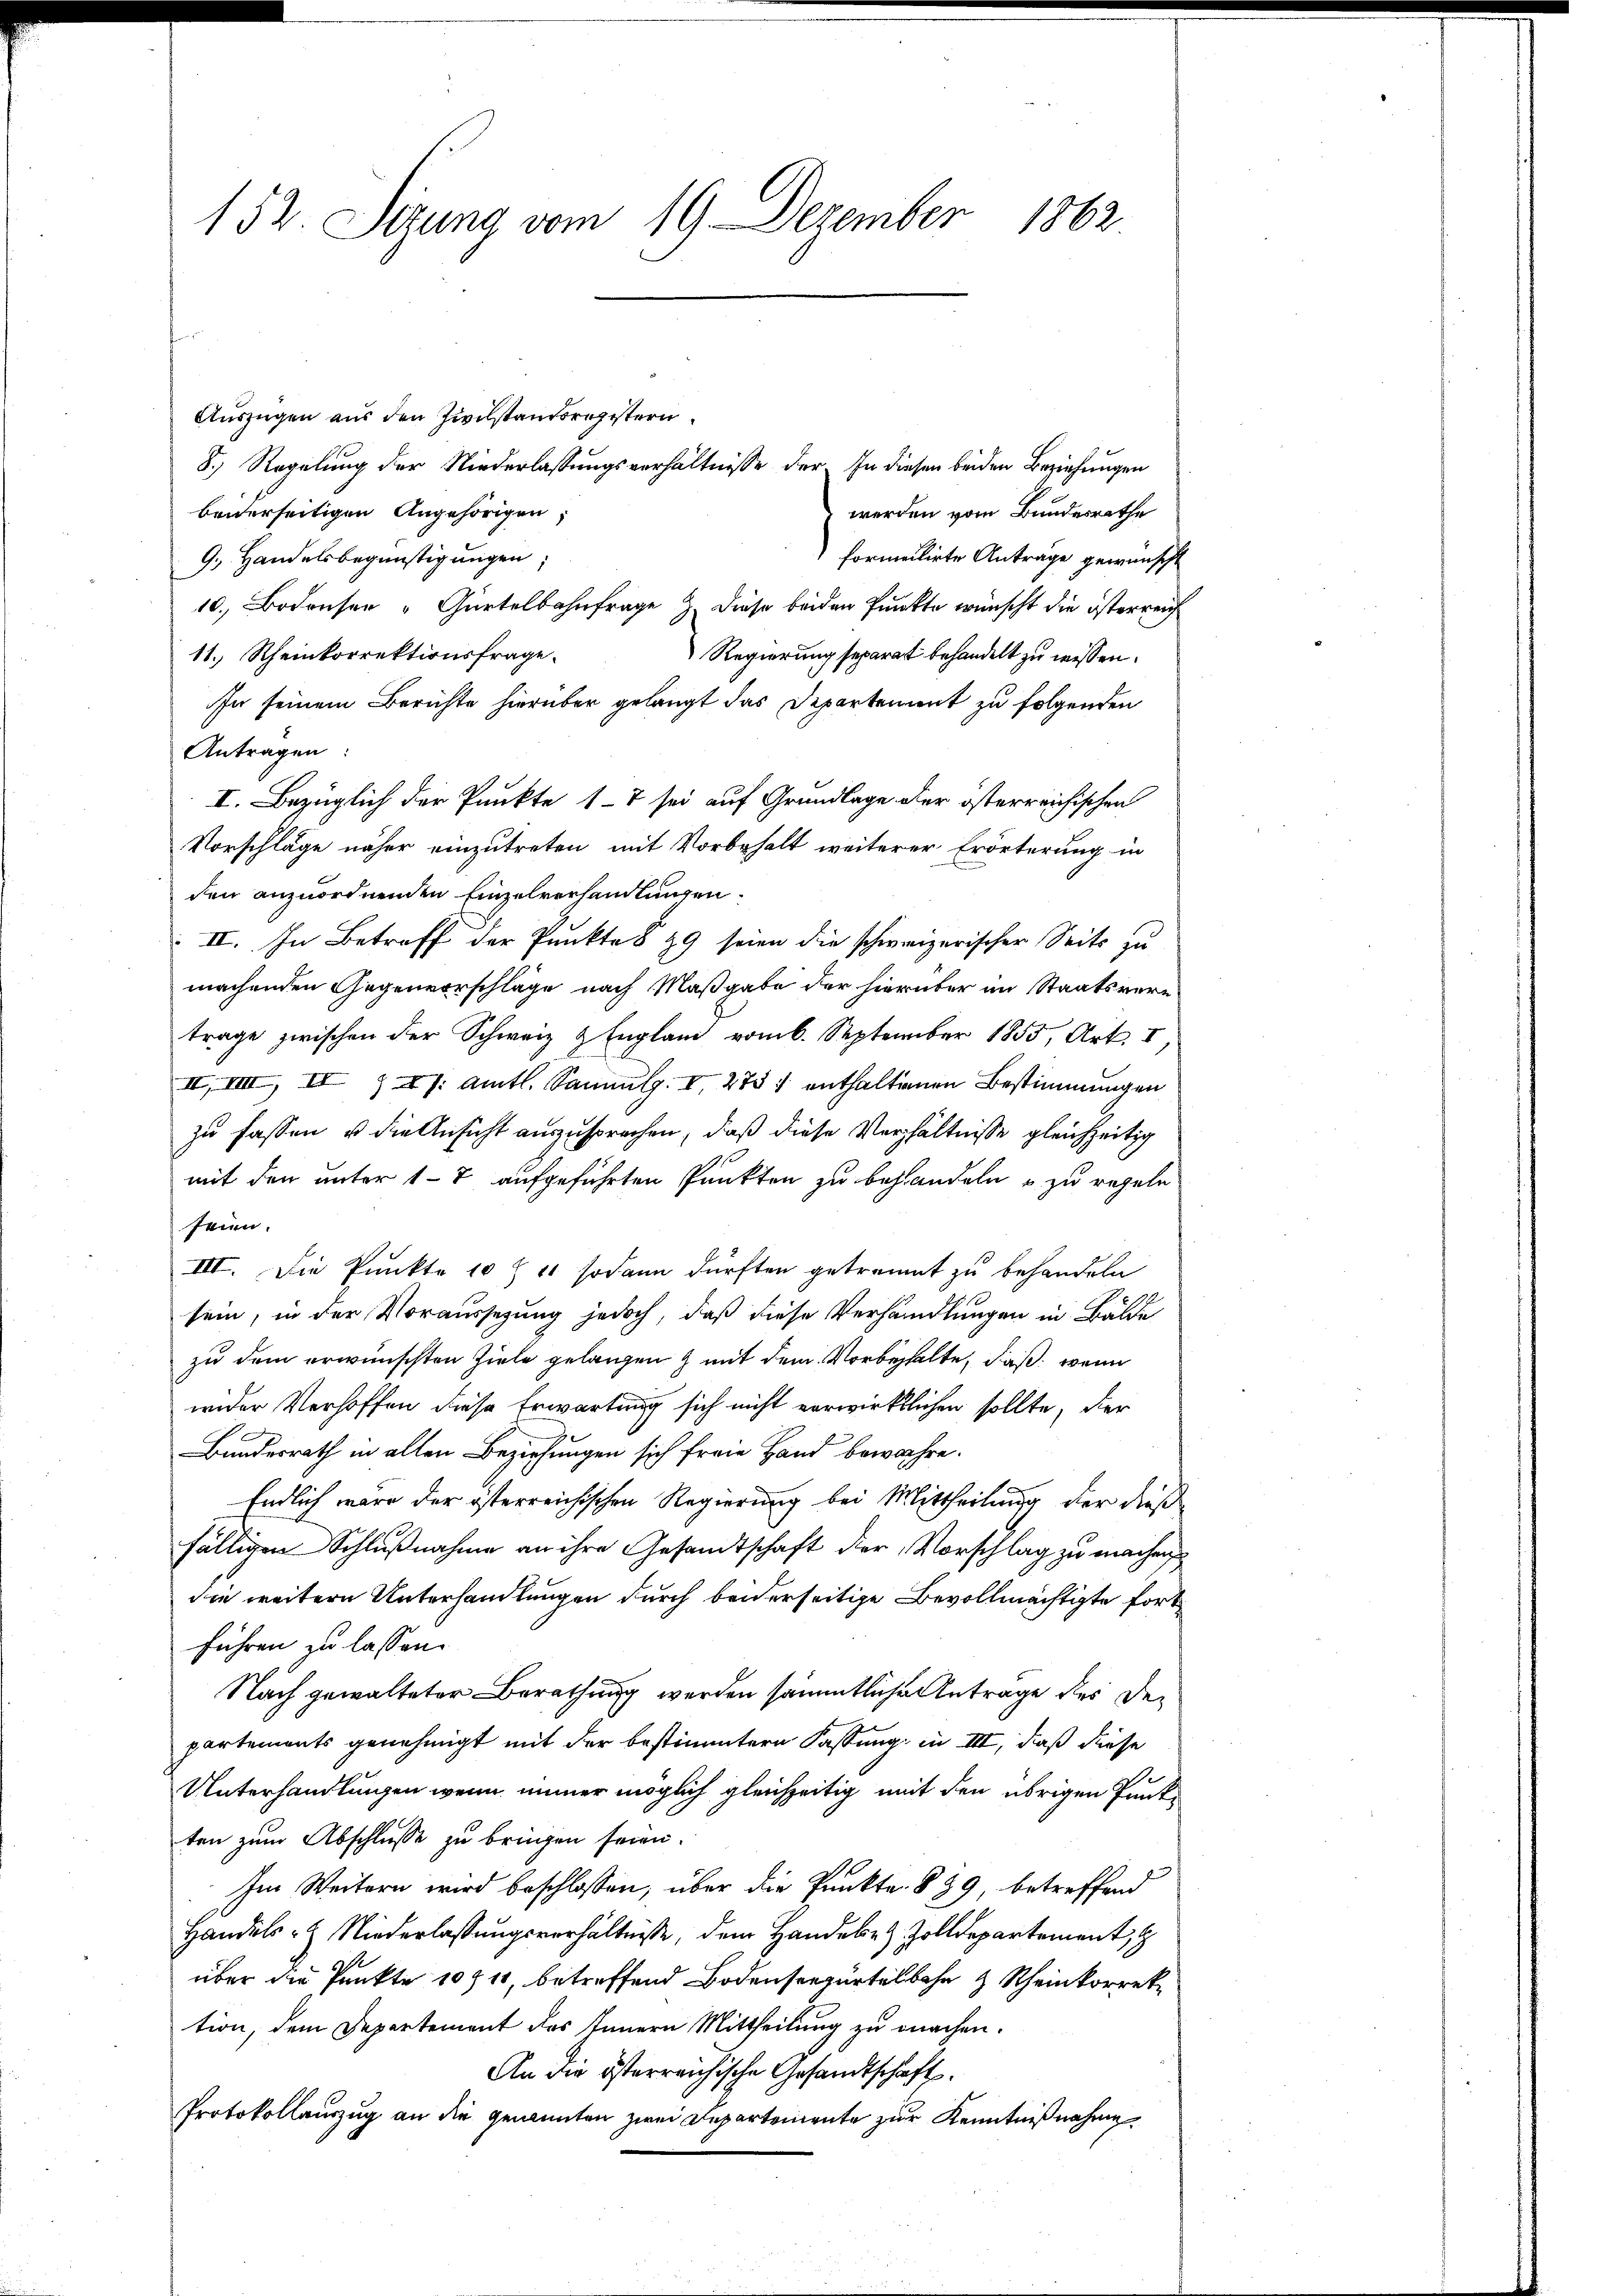
152. Segung vom 19. Dezember
1862

Auszügen aus den Zivilstandsregistern
8.) Regelung der Niederlassungsverhältnisse der. In diesen beiden Beziehungen
werden vom Bundesrathe
benerseitigen Angehörigen,
formerirte Antrage gewünsche
9. Handelsbegünstigungen,
10. Bodensen Gürtelbahnfrage . Diese beiden Punkte wünscht die österreich
11. Rheinkorrektionsfrage.
Regierung separat behandelt zu wissen.
In seinem Berichte hierüber gelangt das Departement zu folgenden
Antragen:
I. Bezüglich der Punkte 17 sei auf Grundlage der österreichischen
Vorschläge näher einzutreten mit Vorbehalt weiterer Erörterung in
den anzuordnenden Einzelvorhandlungen.
II. In Betreff der Punktes 29 seien die schweizerischer Seits zu
machenden Gegenvorschläge nach Maßgabe der hierüber im Staatsvertrage zwischen der Schweiz & Englam vom 6. September 1855, Art. I,
II, VIII, II 747. Amtl. Sammlg. I 275 7 enthaltenen Bestimmungen
zu fassen, u. die Ansicht auszusprechen, daß diese Verhältnisse gleichzeitig
mit den unter 17 aufgeführten Punkten zu behandeln & zu regeln
seien.
III. Die Punkte 10 f 40 sodann dürften getraumt zu behandeln
sein, in der Voraussetzung jedoch, daß diese Verhandlungen in Bälde
zu dem erwünschten Ziele gelangen mit dem Vorbehalte, daß wenn
wider Verhoffen diese Erwartung sich nicht verwirktlichen sollte, der
Bundesrath in allen Beziehungen sich freie Hand bewahre.
Endlich wäre der österreichischen Regierung bei Mittheilung der dies
fälligen Schlußnahme an ihre Gesandtschaft der Vorschlag zu machen
die weitern Unterhandlungen durch beiderseitige Bevollmächtigte fortführen zu lassen.
Nach gewalteter Berathung werden sämmtliche Antrage des Departements genehmigt mit der bestimmtern Fassung, in III, daß diese
Unterhandlungen wenn immer möglich gleichzeitig mit den übrigen Punkten zum Abschlusse zu bringen seien.
Im Weitern wird beschlossen, über die Punkte. § 39, betreffend
Handels- & Niederlassungsverhältnisse, dem Handele Zolldepartement,
über die Punkte 10910, betreffend Bodenseegürtelbahn & Rheinkorrektion, dem Departement des Innern Mittheilung zu machen.
An die österreichische Gesandtschaft.
Protokollauszug an die genannten zwei Departemente zur Kenntnißnahme